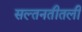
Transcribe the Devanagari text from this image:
सल्तनतीतली